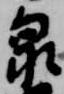
泉